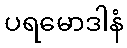
ပရမောဒါနံ